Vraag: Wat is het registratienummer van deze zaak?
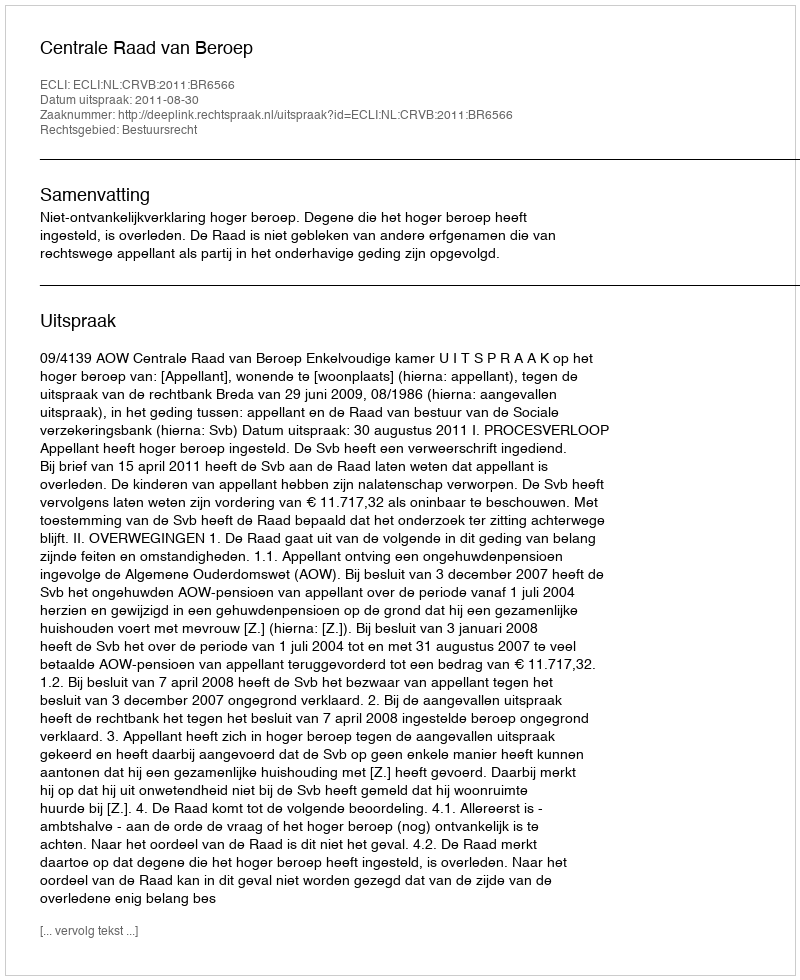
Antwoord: http://deeplink.rechtspraak.nl/uitspraak?id=ECLI:NL:CRVB:2011:BR6566